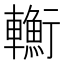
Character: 𨏎